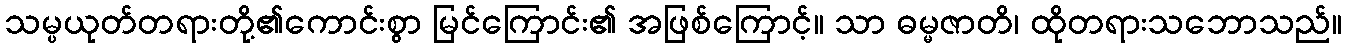
သမ္ပယုတ်တရားတို့၏ကောင်းစွာ မြင်ကြောင်း၏ အဖြစ်ကြောင့်။ သာ ဓမ္မဇာတိ၊ ထိုတရားသဘောသည်။